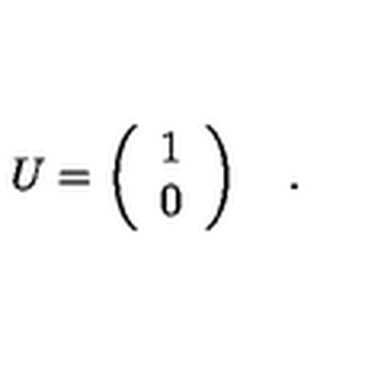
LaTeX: U = \left( \begin{array} { c } { 1 } \\ { 0 } \\ \end{array} \right) \quad .